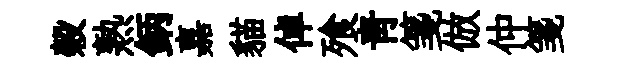
榖熟鈵嘉貓倬飱靑箋倣仲箋